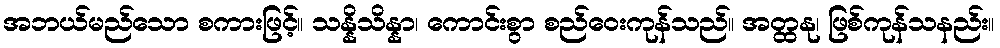
အဘယ်မည်သော စကားဖြင့်။ သန္နိသိန္နာ၊ ကောင်းစွာ စည်ဝေးကုန်သည်။ အတ္ထနု၊ ဖြစ်ကုန်သနည်း။